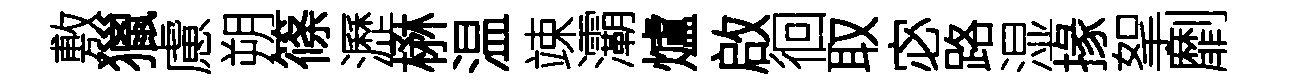
敷獵慮朔篠瀝楙温竦灞爐啟徊取宓路湿掾挐劘